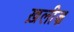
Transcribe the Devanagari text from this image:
ख़लीज़